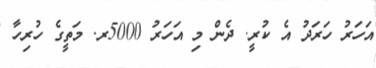
އަހަރު ހަރަދު އެ ކުރީ. ދެން މި އަހަރު 5000ރ. މަތީގެ ހުރިހާ